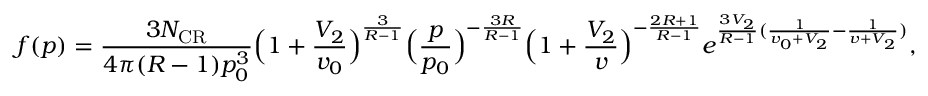
f ( p ) = \frac { 3 N _ { \mathrm { C R } } } { 4 \pi ( R - 1 ) p _ { 0 } ^ { 3 } } \Big ( 1 + \frac { V _ { 2 } } { v _ { 0 } } \Big ) ^ { \frac { 3 } { R - 1 } } \Big ( \frac { p } { p _ { 0 } } \Big ) ^ { - \frac { 3 R } { R - 1 } } \Big ( 1 + \frac { V _ { 2 } } { v } \Big ) ^ { - \frac { 2 R + 1 } { R - 1 } } e ^ { \frac { 3 V _ { 2 } } { R - 1 } ( \frac { 1 } { v _ { 0 } + V _ { 2 } } - \frac { 1 } { v + V _ { 2 } } ) } ,